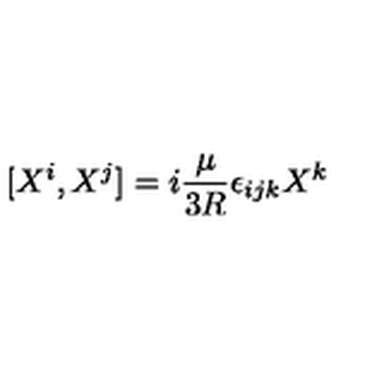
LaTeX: [ X ^ { i } , X ^ { j } ] = i { \frac { \mu } { 3 R } } \epsilon _ { i j k } X ^ { k }